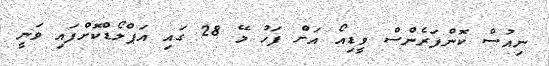
ނިއުސް ކޮންފަރެންސް ވީޑިއޯ އަށް ފަހު މޭ 28 ގައި އަޕްލޯޑްކޮށްފައި ވަނީ